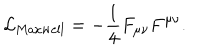
\mathcal { L } _ { \textrm { M a x w e l l } } = - \frac { 1 } { 4 } F _ { \mu \nu } F ^ { \mu \nu } .